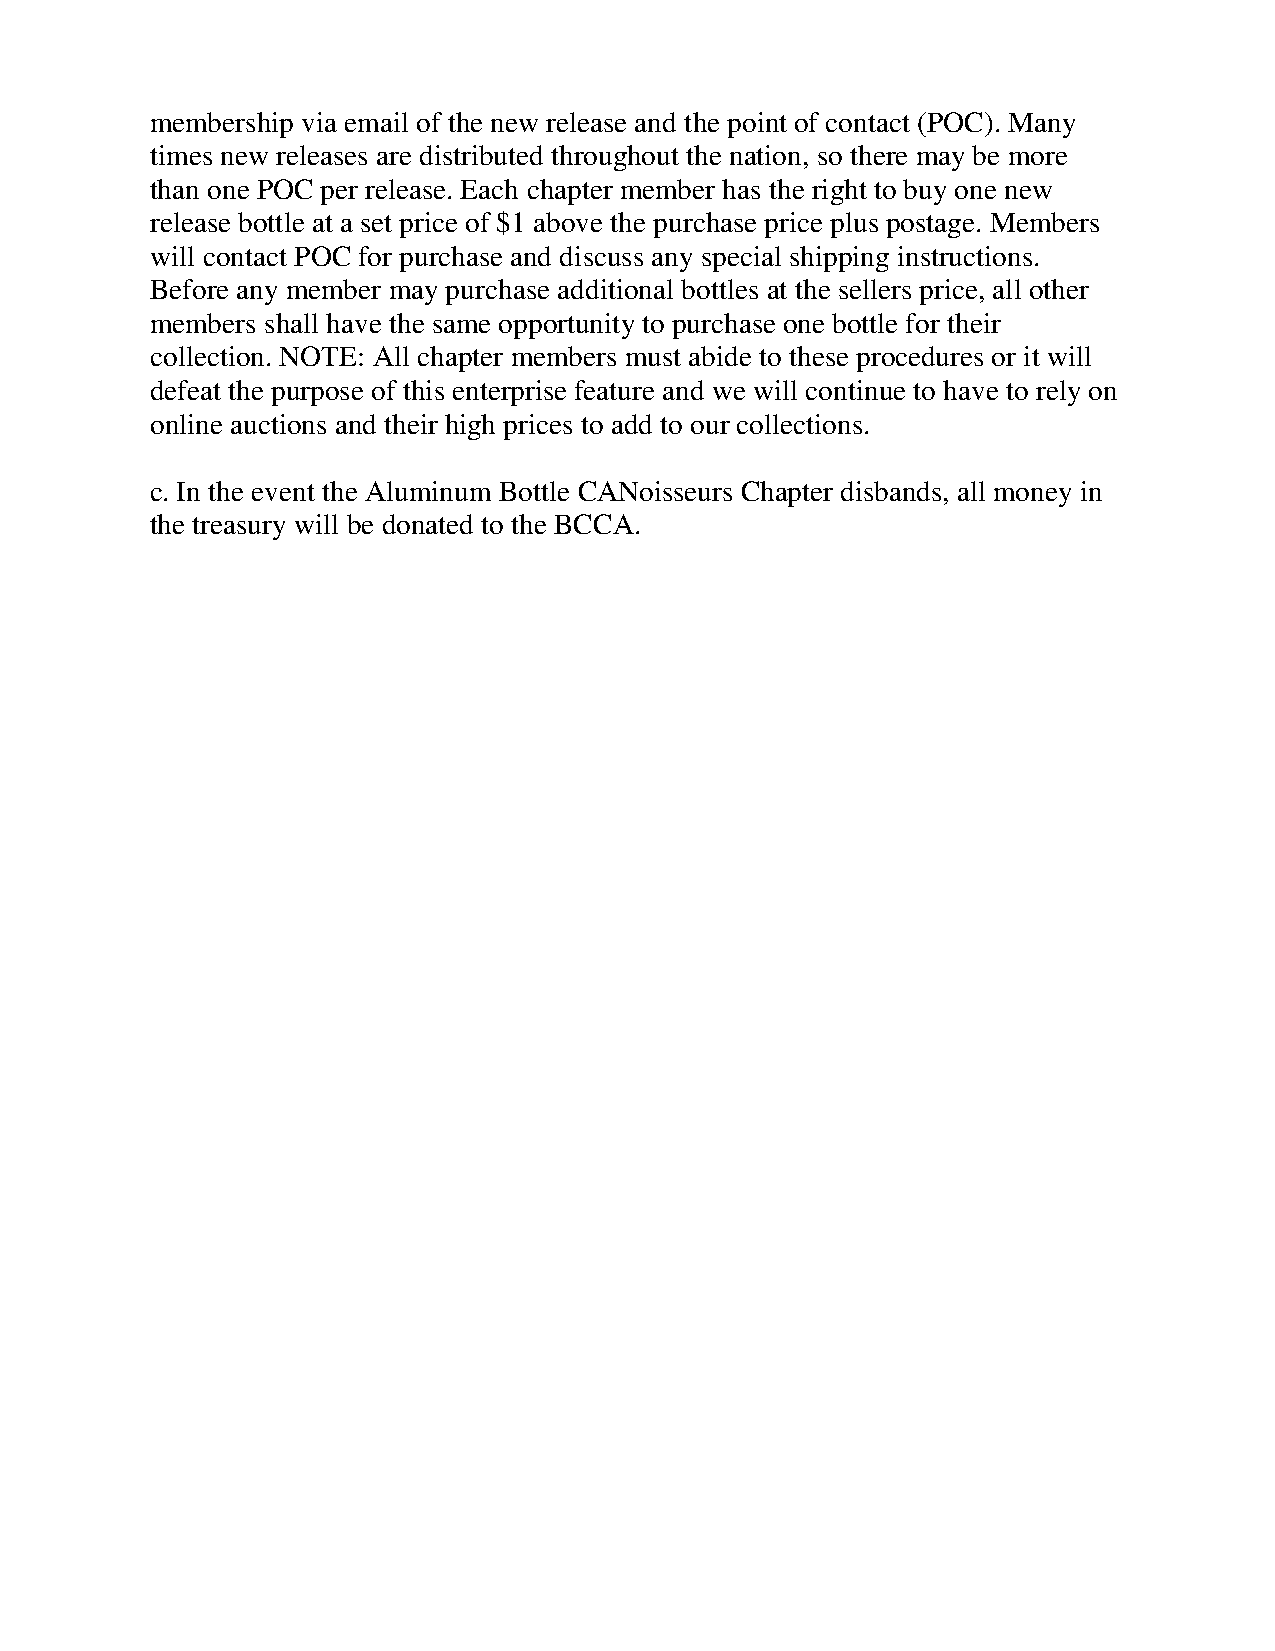
membership via email of the new release and the point of contact (POC). Many
 times new releases are distributed throughout the nation, so there may be more
 than one POC per release. Each chapter member has the right to buy one new
 release bottle at a set price of $1 above the purchase price plus postage. Members
 will contact POC for purchase and discuss any special shipping instructions.
 Before any member may purchase additional bottles at the sellers price, all other
 members shall have the same opportunity to purchase one bottle for their
 collection. NOTE: All chapter members must abide to these procedures or it will
 defeat the purpose of this enterprise feature and we will continue to have to rely on
 online auctions and their high prices to add to our collections.
 c. In the event the Aluminum Bottle CANoisseurs Chapter disbands, all money in
 the treasury will be donated to the BCCA.